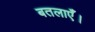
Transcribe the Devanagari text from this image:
बतलाएँ।